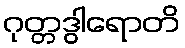
ဂုတ္တဒွါရောတိ